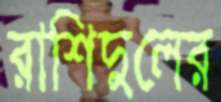
রাশিদুলের